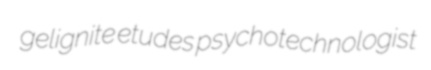
gelignite etudes psychotechnologist